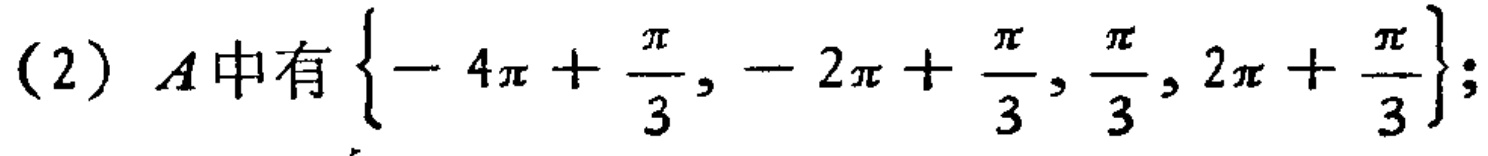
(2) \(A\)中有\(\left\{- 4\pi+\frac{\pi}{3},- 2\pi+\frac{\pi}{3},\frac{\pi}{3},2\pi+\frac{\pi}{3}\right\}\);